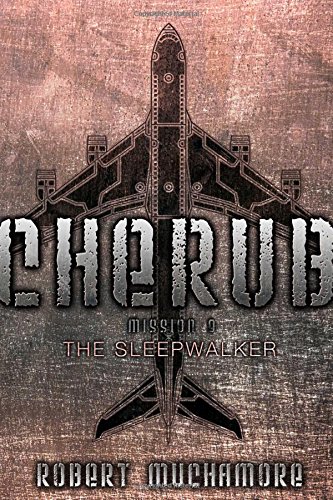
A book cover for The Sleepwalker (CHERUB); Robert Muchamore; Teen & Young Adult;